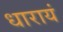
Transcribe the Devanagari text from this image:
धारायं